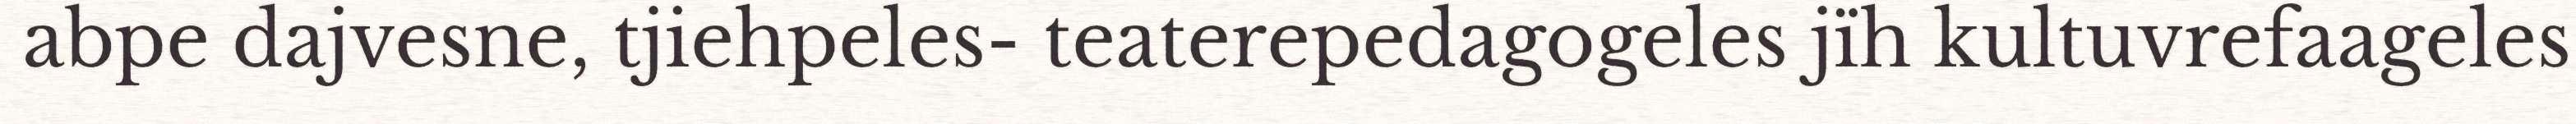
abpe dajvesne, tjiehpeles- teaterepedagogeles jïh kultuvrefaageles